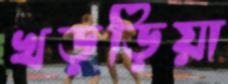
খড়ড়িয়া